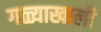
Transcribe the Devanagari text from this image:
गळ्याखाली